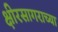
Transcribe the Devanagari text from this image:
क्षीरसागराच्या